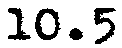
10.5